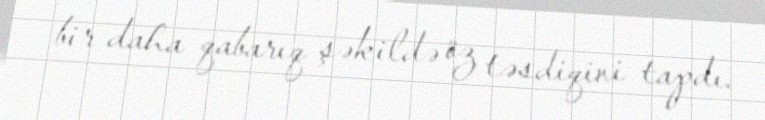
bir daha qabarıq şəkildə öz təsdiqini tapdı.